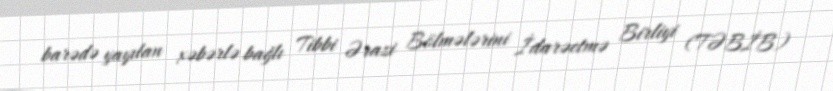
barədə yayılan xəbərlə bağlı Tibbi Ərazi Bölmələrini İdarəetmə Birliyi (TƏBİB)